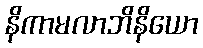
နိကာမလာဘိနိယော